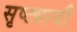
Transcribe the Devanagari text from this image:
सृष्ट्यादौ